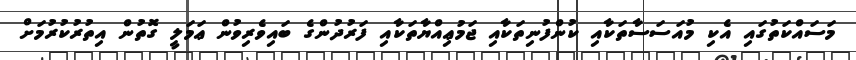
މަސައްކަތުގައި އެކި މުއަސަސާތަކާއި ކުންފުނިތަކާއި ޖަމުޢިއްޔާތަކާއި ފަރުދުންގެ ބައިވެރިވުން ޢަމަލީ ގޮތުން އިތުރުކުރުމަށް